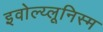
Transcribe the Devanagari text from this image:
इवोल्य्लूनिस्म